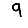
Digit: 9